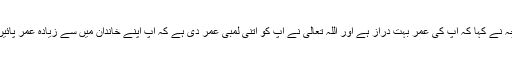
اس بچہ نے کہا کہ آپ کی عمر بہت دراز ہے اور اللہ تعالی نے آپ کو اتنی لمبی عمر دی ہے کہ آپ اپنے خاندان میں سے زیادہ عمر پائیں گے۔